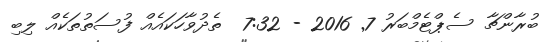
ބުރާންޗާ ސެޕްޓެމްބަރު 7